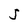
Character: 5